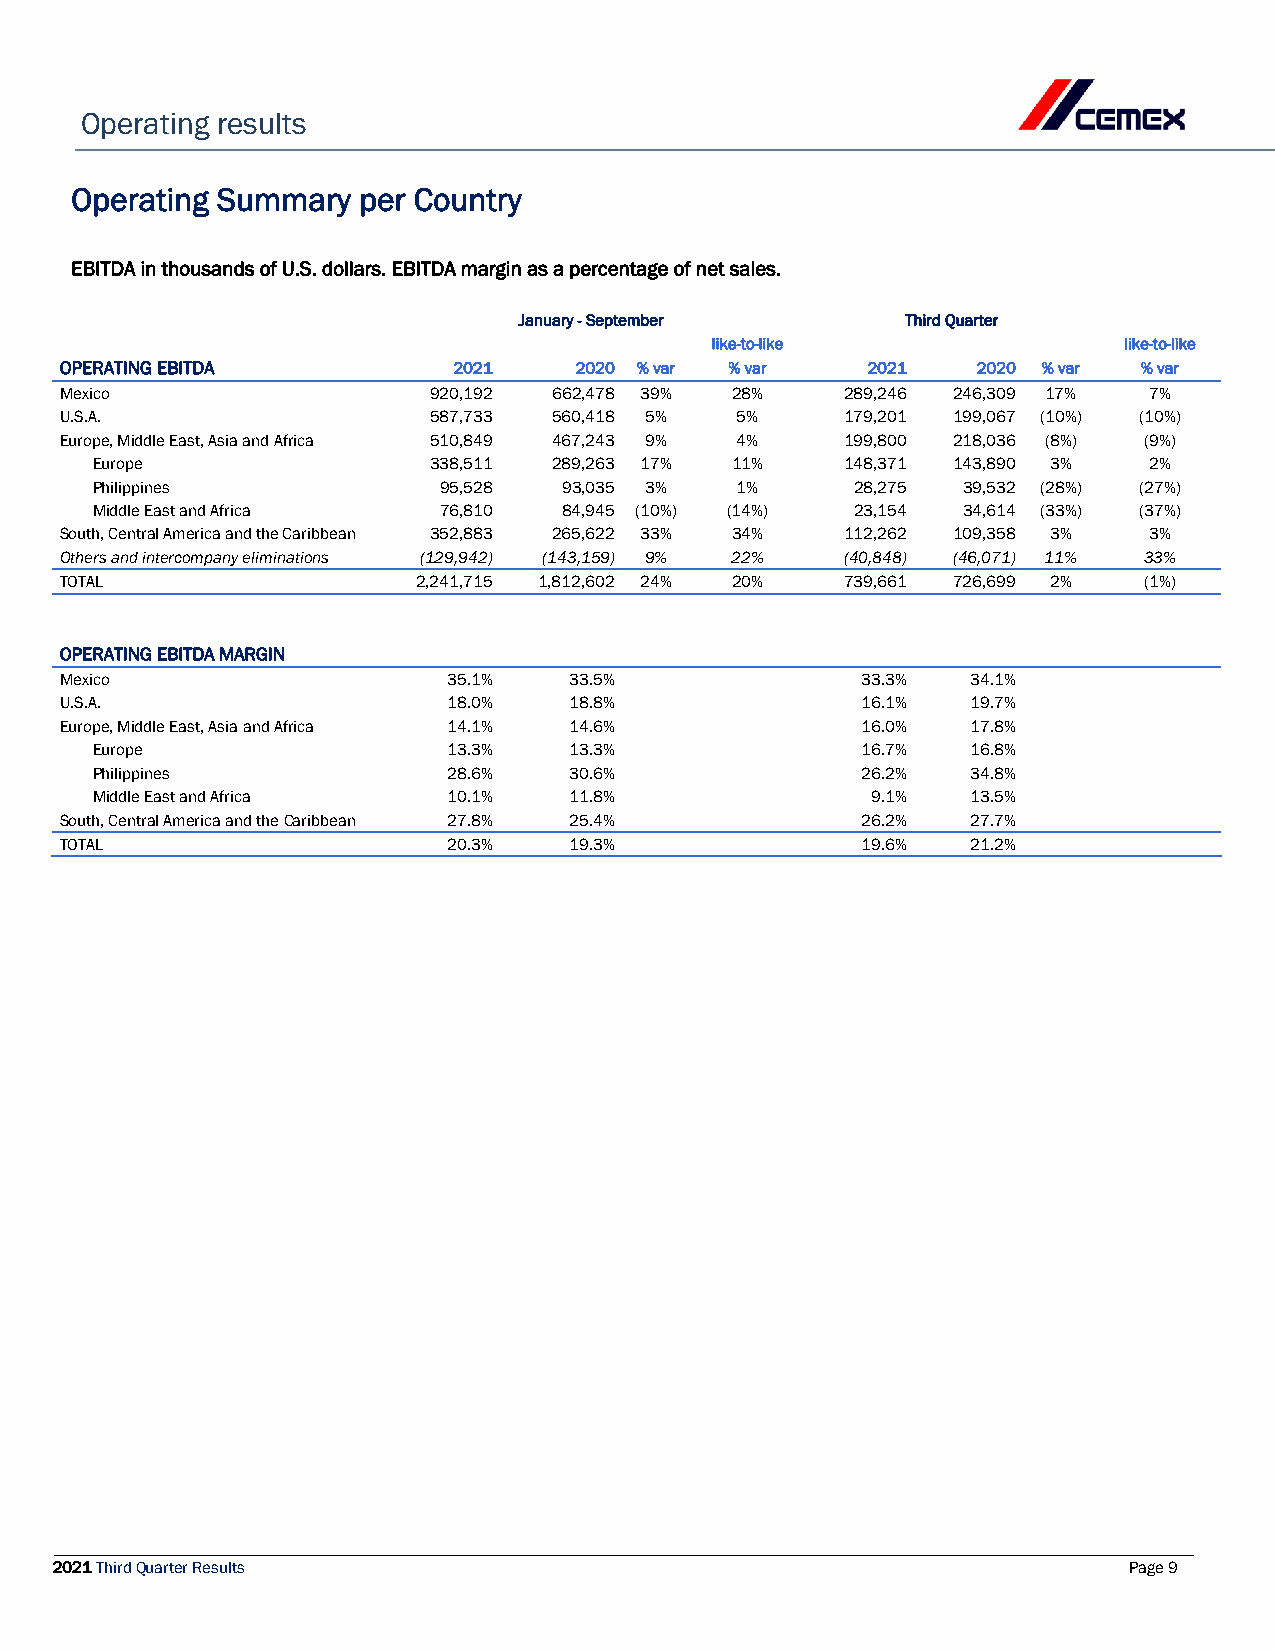
Operating results
 Operating Summary  per Country
 EBITDA in thousands of U.S. dollars. EBITDA margin as a percentage of net sales.
 January - September       Third Quarter
 like-to-like               like-to-like
 OPERATING EBITDA          2021    2020 % var % var   2021    2020 % var % var
 Mexico                  920,192  662,478 39% 28%    289,246 246,309 17% 7%
 U.S.A.                  587,733  560,418 5%  5%     179,201 199,067 (10%) (10%)
 Europe, Middle East, Asia and Africa 510,849 467,243 9% 4% 199,800 218,036 (8%) (9%)
 Europe                338,511  289,263 17% 11%    148,371 143,890 3%  2%
 Philippines            95,528  93,035 3%   1%      28,275 39,532 (28%) (27%)
 Middle East and Africa 76,810  84,945 (10%) (14%)  23,154 34,614 (33%) (37%)
 South, Central America and the Caribbean 352,883 265,622 33% 34% 112,262 109,358 3% 3%
 Others and intercompany eliminations (129,942) (143,159) 9% 22% (40,848) (46,071) 11% 33%
 TOTAL                   2,241,715 1,812,602 24% 20% 739,661 726,699 2%  (1%)
 OPERATING EBITDA MARGIN
 Mexico                    35.1%   33.5%              33.3%  34.1%
 U.S.A.                    18.0%   18.8%              16.1%  19.7%
 Europe, Middle East, Asia and Africa 14.1% 14.6%     16.0%  17.8%
 Europe                  13.3%   13.3%              16.7%  16.8%
 Philippines             28.6%   30.6%              26.2%  34.8%
 Middle East and Africa  10.1%   11.8%               9.1%  13.5%
 South, Central America and the Caribbean 27.8% 25.4% 26.2%  27.7%
 TOTAL                     20.3%   19.3%              19.6%  21.2%
 2021 Third Quarter Results                                              Page 9